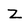
Character: Z